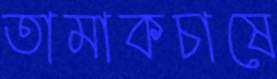
তামাকচাষে